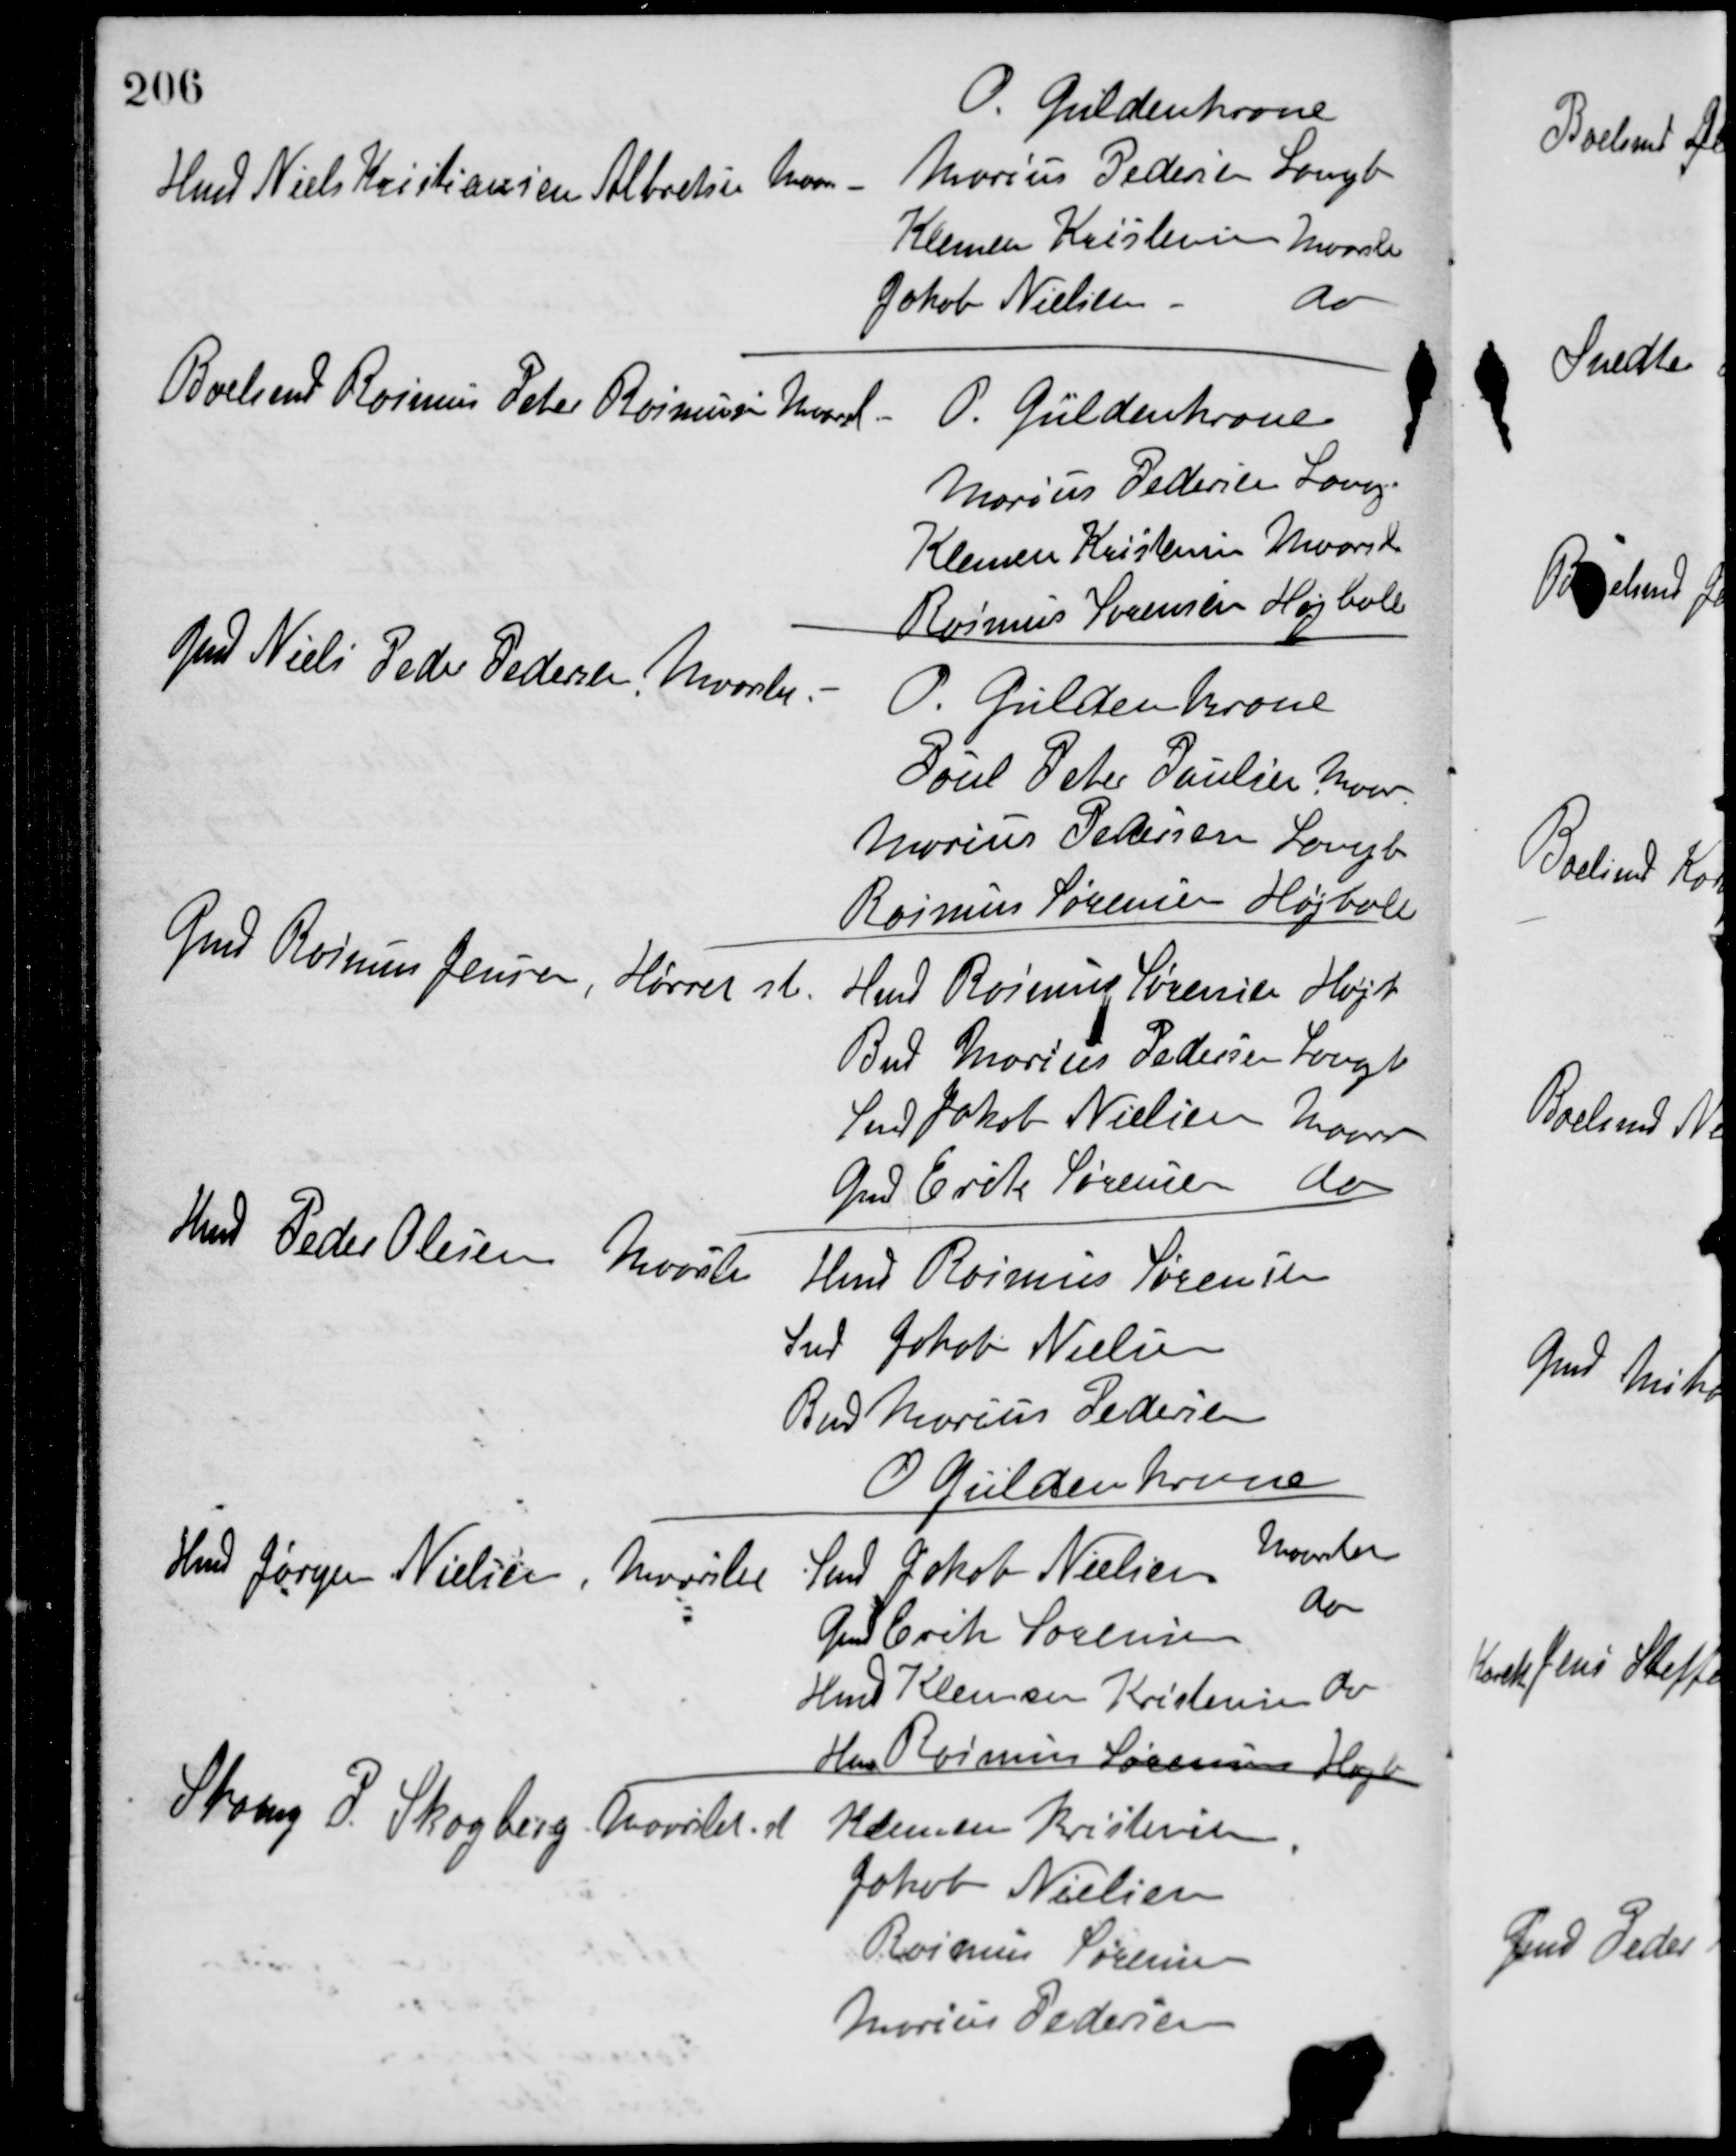
Transskription:
Hmd Niels Kristiansen Albretsen Maarslet
O. Guldenkrone
Marius Pedersen Langb
Klemen Kristensen Maarslet
Jakob Nielsen
do
Boelsmd Rasmus Peter Rasmussen Maarslet
O. Güldenkrone
Marius Pedersen Lang
Klemen Kristensen, Maarslet
Rasmus Sørensen, Højballe
Gmd Niels Peder Pedersen Maarslet
O. GüldenKrone
Poul Peter Paulsen Maar
Marius Pedersen, Langb
Rasmus Sørensen, Højballe
Gmd Rasmus Jensen, Hørret st
Hmd Rasmus Sørensen Højb
Bmd Marius Pedersen Langb
Smed Jakob Nielsen Maarslet
Gmd Erik Sørensen do
Hmd Peder Olesen Maarslet
Hmd Rasmus Sørensen
Smed Jakob Nielsen
Bmd Marius Pedersen
O. Güldenkrone
Hmd Jørgen Nielsen, Maarslet
Smed Jakob Nielsen
Maarslet
Gmd Erik Sørensen
do
Hmd Klemen Kristensen do
Hmd Rasmus Sørensen, Højb
Skomag P. Skogberg Maarslet st
Klemen Kristensen
Jakob Nielsen
Rasmus Sørensen
Marius Pedersen